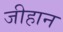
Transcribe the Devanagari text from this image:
जीहान